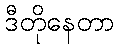
ဒီတိုနေတာ